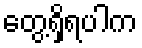
တွေ့ရှိရပါက